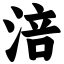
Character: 涪